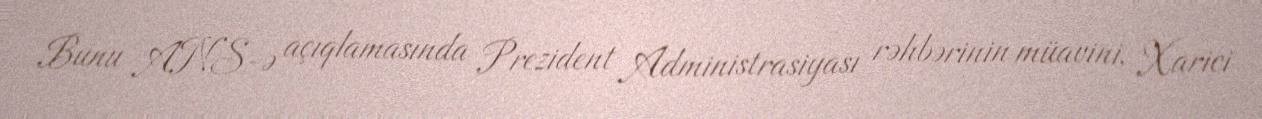
Bunu ANS-ə açıqlamasında Prezident Administrasiyası rəhbərinin müavini, Xarici